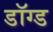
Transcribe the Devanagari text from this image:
डॉग्ड